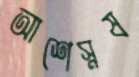
আশেস্নষ